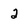
Character: 2